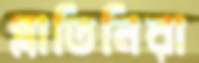
প্লাতিনিরা